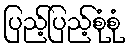
ပြည့်ပြည့်စုံစုံ